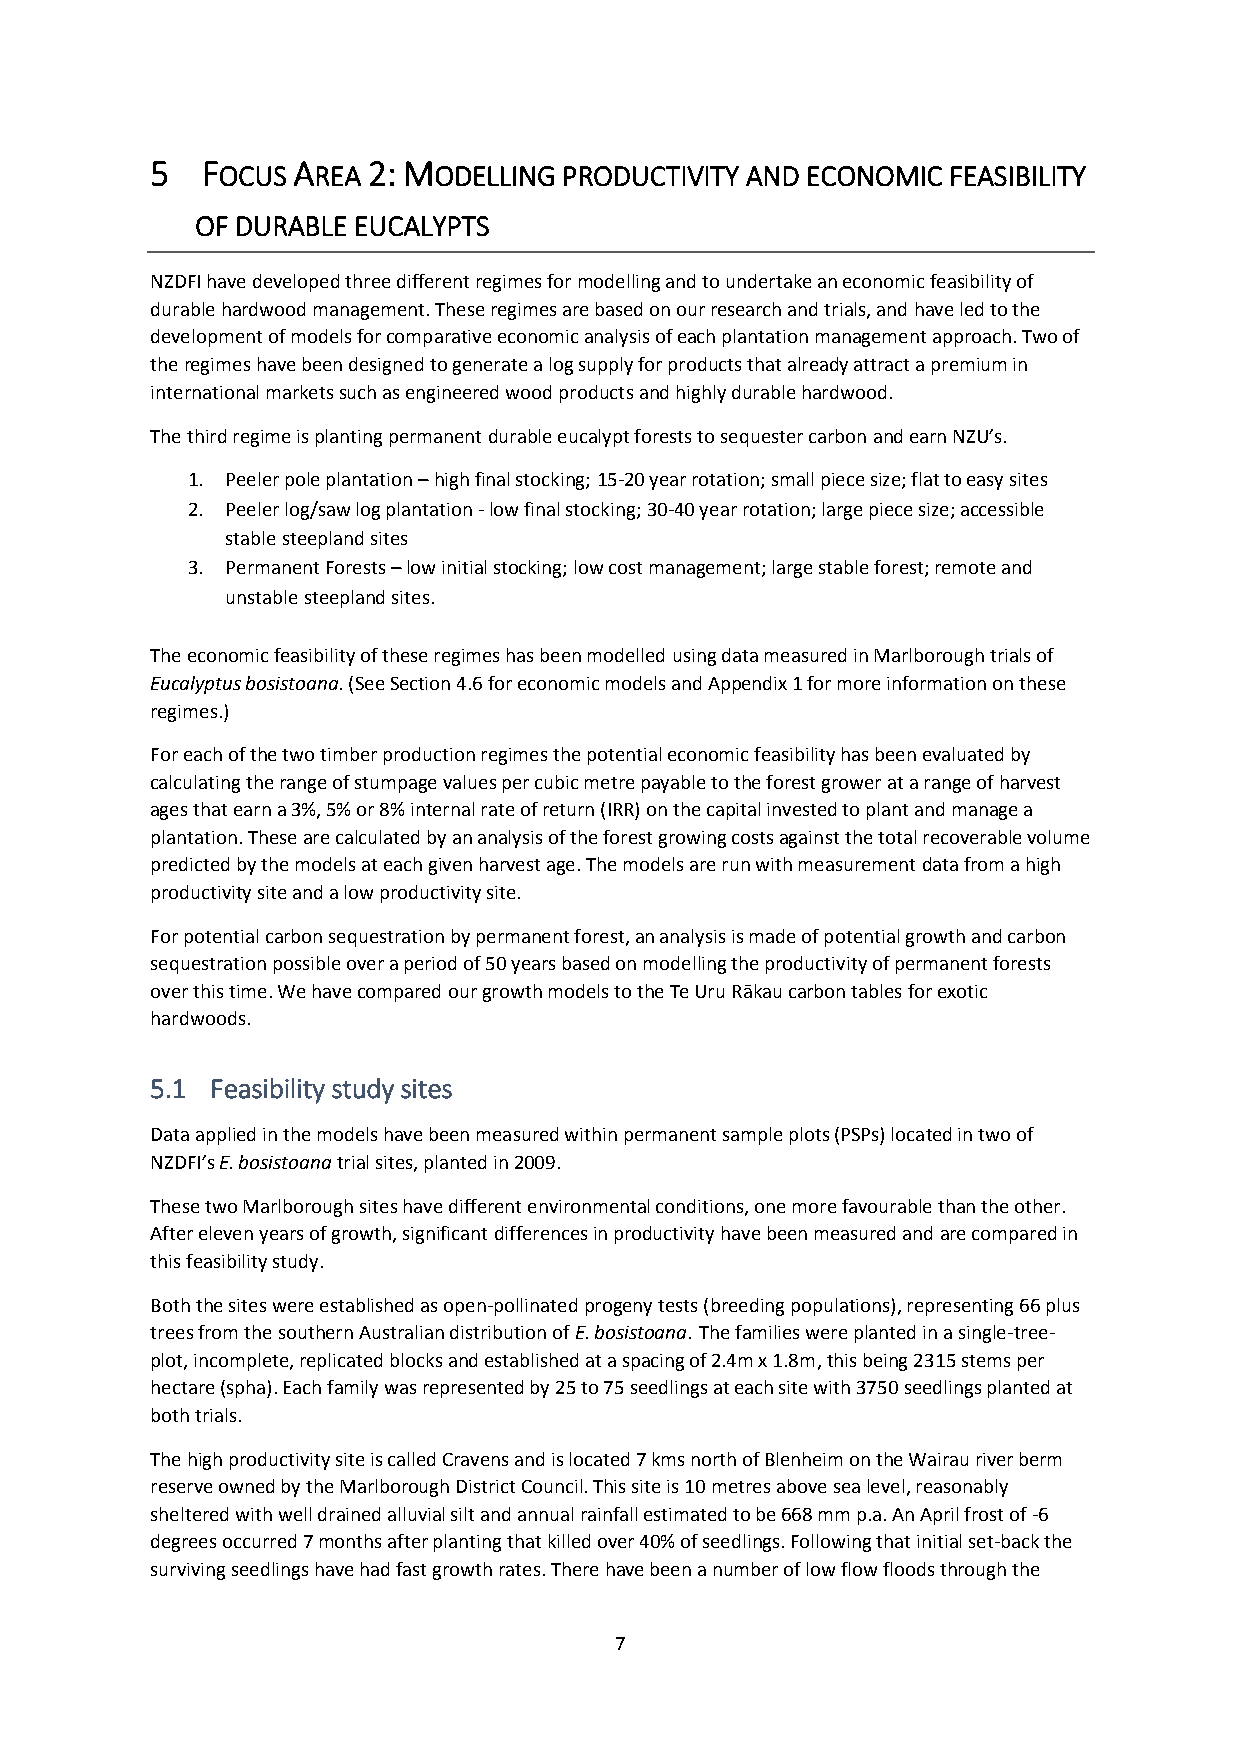
5  FOCUS AREA 2: MODELLING PRODUCTIVITY AND ECONOMIC FEASIBILITY
 OF DURABLE EUCALYPTS
 NZDFI have developed three different regimes for modelling and to undertake an economic feasibility of
 durable hardwood management. These regimes are based on our research and trials, and have led to the
 development of models for comparative economic analysis of each plantation management approach. Two of
 the regimes have been designed to generate a log supply for products that already attract a premium in
 international markets such as engineered wood products and highly durable hardwood.
 The third regime is planting permanent durable eucalypt forests to sequester carbon and earn NZU’s.
 1. Peeler pole plantation – high final stocking; 15-20 year rotation; small piece size; flat to easy sites
 2. Peeler log/saw log plantation - low final stocking; 30-40 year rotation; large piece size; accessible
 stable steepland sites
 3. Permanent Forests – low initial stocking; low cost management; large stable forest; remote and
 unstable steepland sites.
 The economic feasibility of these regimes has been modelled using data measured in Marlborough trials of
 Eucalyptus bosistoana. (See Section 4.6 for economic models and Appendix 1 for more information on these
 regimes.)
 For each of the two timber production regimes the potential economic feasibility has been evaluated by
 calculating the range of stumpage values per cubic metre payable to the forest grower at a range of harvest
 ages that earn a 3%, 5% or 8% internal rate of return (IRR) on the capital invested to plant and manage a
 plantation. These are calculated by an analysis of the forest growing costs against the total recoverable volume
 predicted by the models at each given harvest age. The models are run with measurement data from a high
 productivity site and a low productivity site.
 For potential carbon sequestration by permanent forest, an analysis is made of potential growth and carbon
 sequestration possible over a period of 50 years based on modelling the productivity of permanent forests
 over this time. We have compared our growth models to the Te Uru Rākau carbon tables for exotic
 hardwoods.
 5.1 Feasibility study sites
 Data applied in the models have been measured within permanent sample plots (PSPs) located in two of
 NZDFI’s E. bosistoana trial sites, planted in 2009.
 These two Marlborough sites have different environmental conditions, one more favourable than the other.
 After eleven years of growth, significant differences in productivity have been measured and are compared in
 this feasibility study.
 Both the sites were established as open-pollinated progeny tests (breeding populations), representing 66 plus
 trees from the southern Australian distribution of E. bosistoana. The families were planted in a single-tree-
 plot, incomplete, replicated blocks and established at a spacing of 2.4m x 1.8m, this being 2315 stems per
 hectare (spha). Each family was represented by 25 to 75 seedlings at each site with 3750 seedlings planted at
 both trials.
 The high productivity site is called Cravens and is located 7 kms north of Blenheim on the Wairau river berm
 reserve owned by the Marlborough District Council. This site is 10 metres above sea level, reasonably
 sheltered with well drained alluvial silt and annual rainfall estimated to be 668 mm p.a. An April frost of -6
 degrees occurred 7 months after planting that killed over 40% of seedlings. Following that initial set-back the
 surviving seedlings have had fast growth rates. There have been a number of low flow floods through the
 7